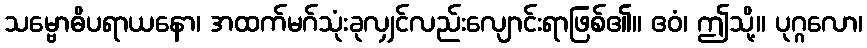
သမ္ဗောဓိပရာယနော၊ အထက်မဂ်သုံးခုလျှင်လည်းလျောင်းရာဖြစ်၏။ ဧဝံ၊ ဤသို့။ ပုဂ္ဂလော၊